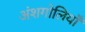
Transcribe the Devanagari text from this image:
अंशगोलियाँ